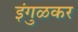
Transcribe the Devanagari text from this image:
इंगुळकर